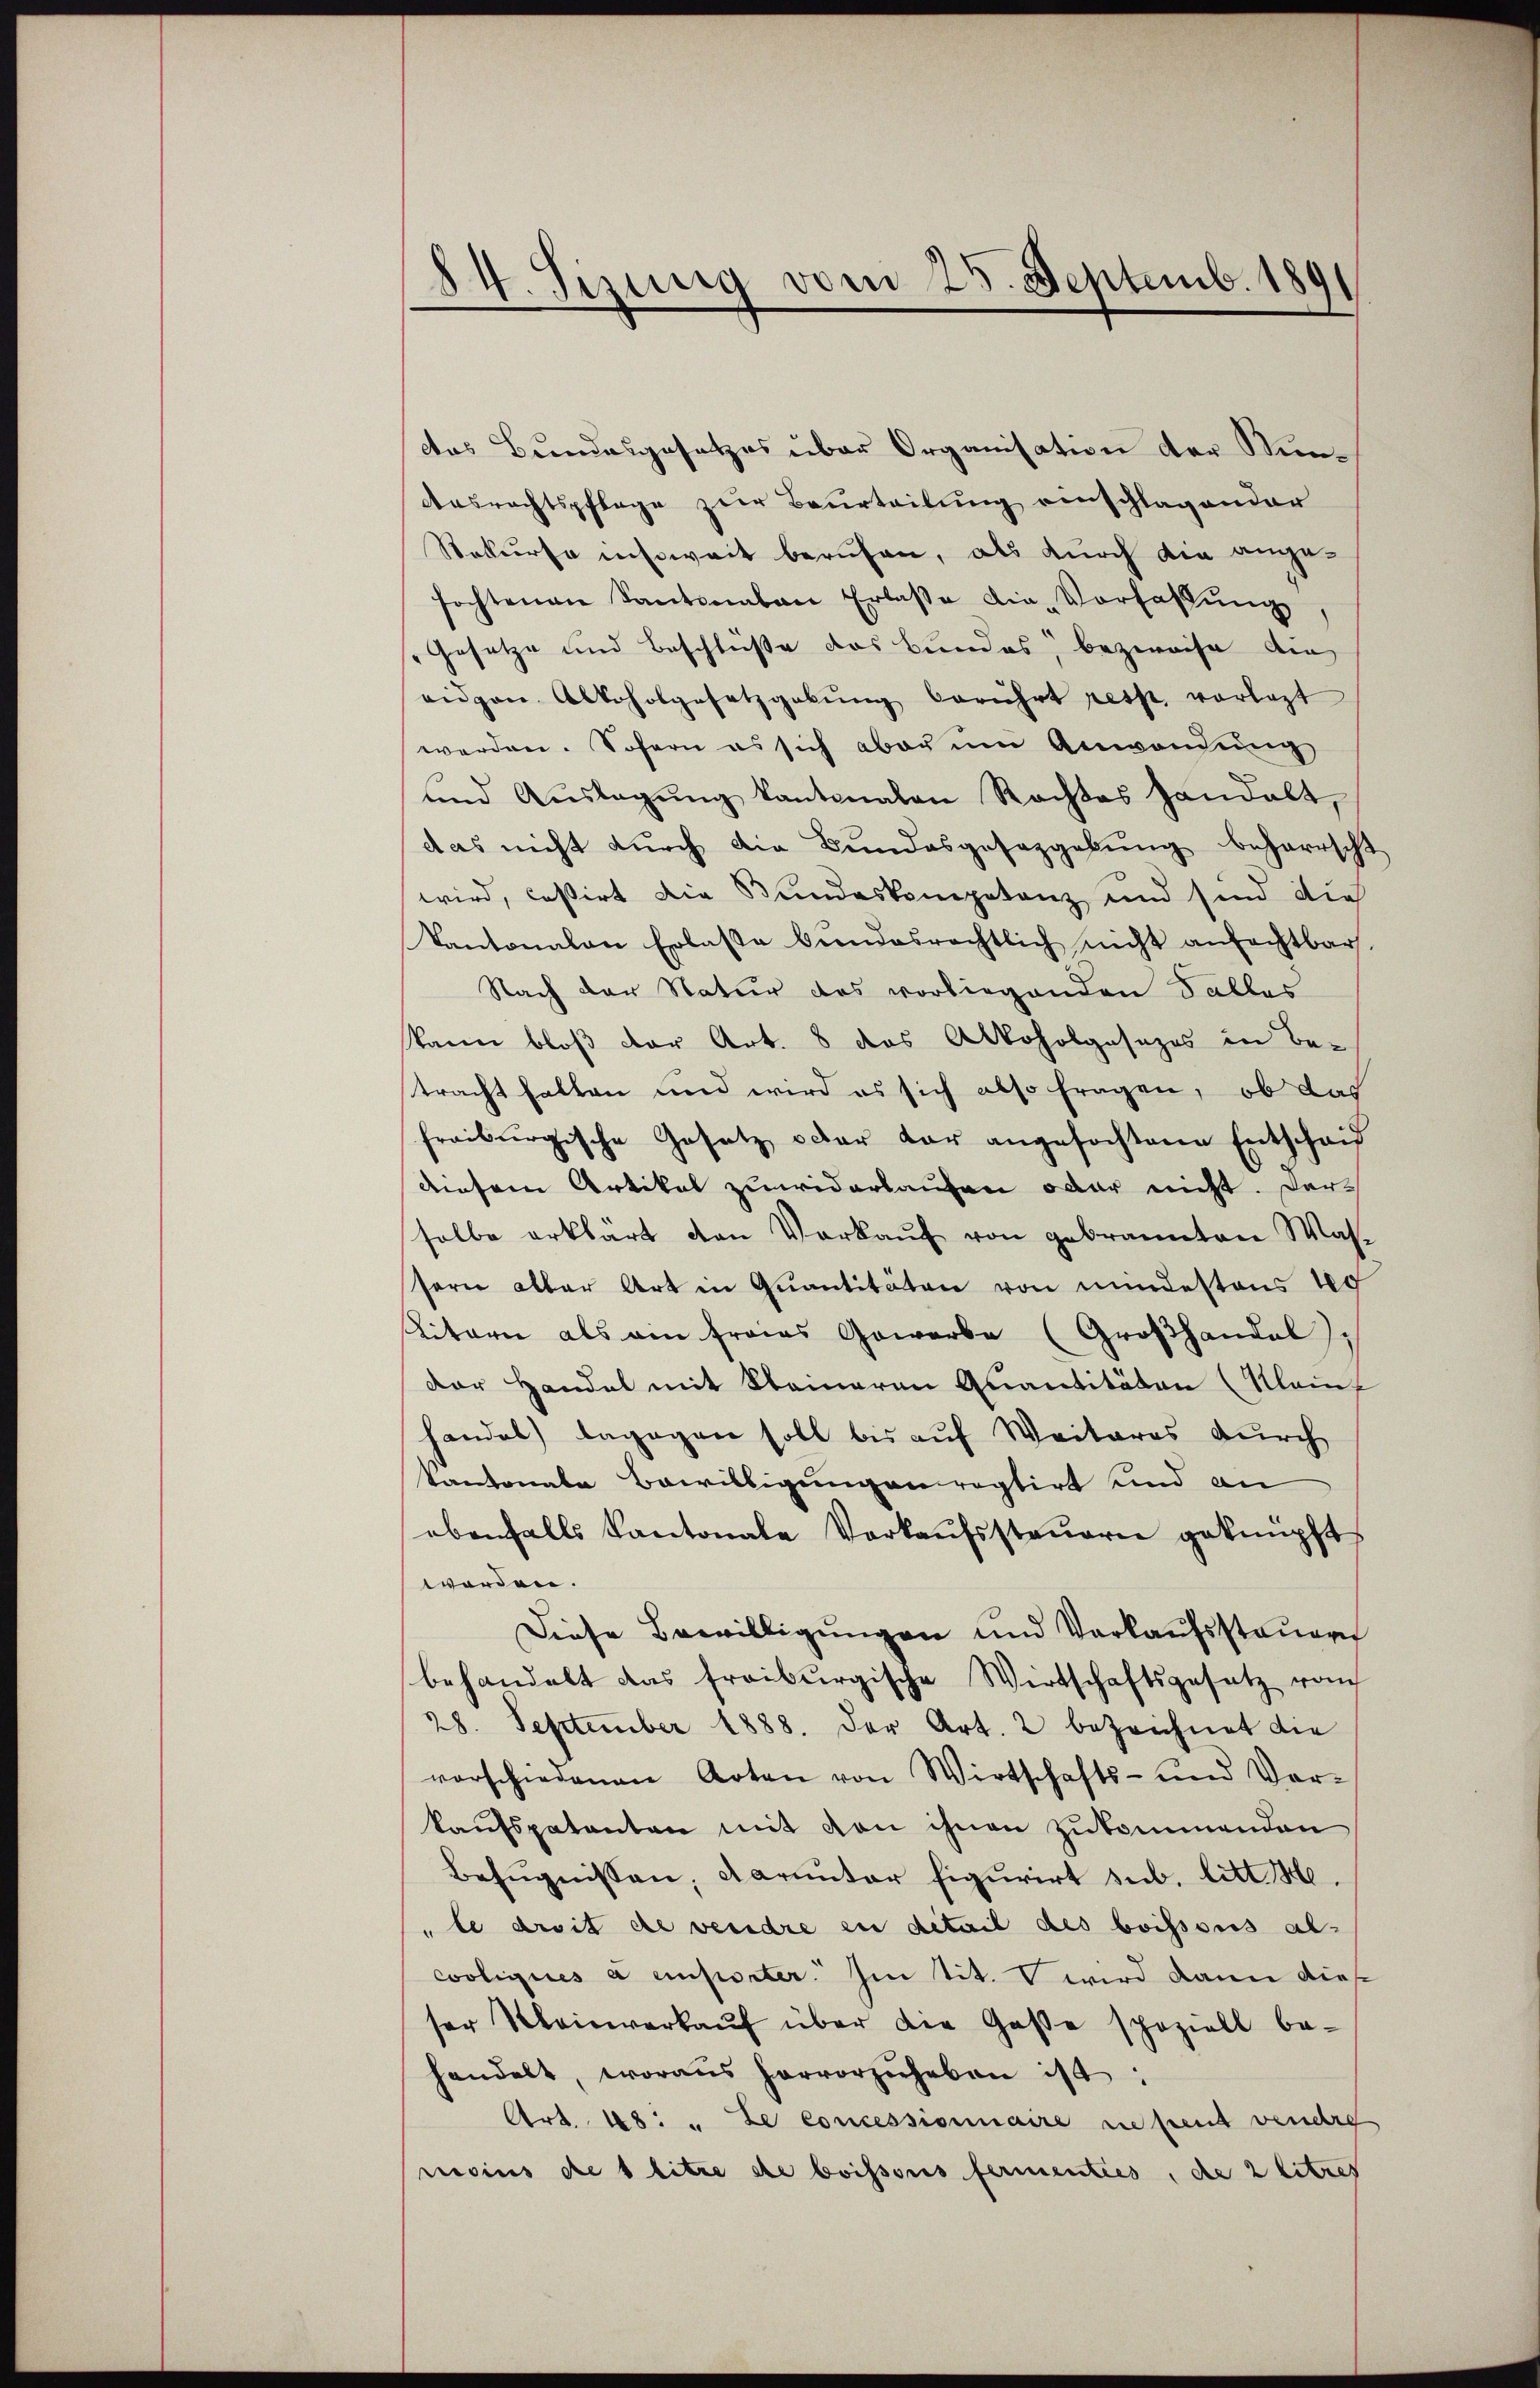
84. Seinig vom 25. Septemb. 1891

das Bundesgesetzes über Organisation der Nun¬
Ausrechtspflege zur Beurteilung einschlagender
Rekurse insoweit beruhen, als durch die angefochtenen Santonalen Erlaβe die-Vorfaβŭng,
Gesetze und Beschlüße das Bundes, bezweife die
eidgen. Alkoholgesetzgebŭng berührt resp. vorlegt
werden. Sofern es sich aber um Anwendung
und Auslegung kantonalen Rechtes Handelt,
das nicht durch die Bundesgesetzgebung beharrscht
wird, cassirt die Bundeskompetenz und sind die
Kantonalen Erlasse bŭndesrechtlich nicht anfechtbar.
Nach der Natur des vorliegenden Falles
kann bloß der Art. 8 das Alkoholgesezes in Be-
tracht halten und wird es sich also fragen, ob das
freiburgische Gesetz oder dar angefochtene Entscheid
diesem Artikel zuwiderlaufen oder nicht. Dersolbe erklärt den Verkaŭf von gebrannten Was-
sern aller Art in Quantitäten von mindestens 40
Litern als ein Fraas Gewerbe (Großhandel
Der Handel mit Kleineren Quantitäten (Klainf
handel) dagegen soll bis auf Weiteres durch
kantonale Bewilligungen reptirt und an
ebenfalls Kantonale Verkaŭfssteŭern geknüpft
worden.
Diese Bewilligungen und Verkaufsstauern
behandelt das freiburgische Wirtschaftsgesetz vom
28. September 1888. Der Art. 2 bezeichnet die
vorschiedenen Arten von Wirtschafts- und Vor-
kaufspatenten mit von ihnen zukommenden
Befugnissen, darunter figurirt sub. litt. H.
le droit de vendre en detail des boissous alcooliques à enposter. Im tit. V wird dann dies
ser Meinverkaŭf über die Gase speziell be-
handelt, woraus hervorzuheben ist:
Art. 48: „Le concessionnaire ne peut vendre
nisius de 1 litze ste boissous fermenties, die 2 litzes